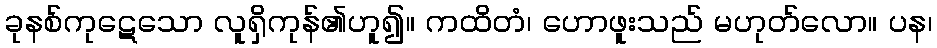
ခုနစ်ကုဋေသော လူရှိကုန်၏ဟူ၍။ ကထိတံ၊ ဟောဖူးသည် မဟုတ်လော။ ပန၊